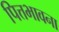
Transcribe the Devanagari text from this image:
पित्तभावना